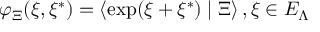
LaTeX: \varphi _ { \Xi } ( \xi , \xi ^ { * } ) = \left\langle \exp ( \xi + \xi ^ { * } ) \mid \Xi \right\rangle , \xi \in { \cal E } _ { \Lambda }